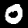
Label: 0